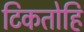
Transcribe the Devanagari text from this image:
टिकतोहि